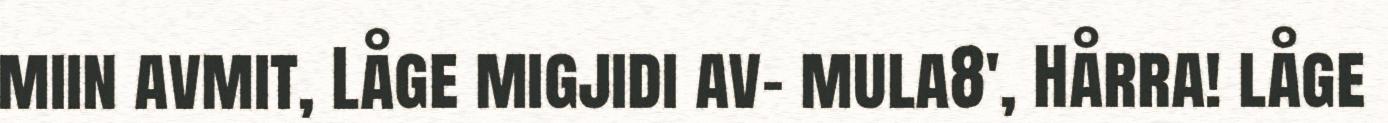
miin avmit, Låge migjidi av- mula8', Hårra! låge